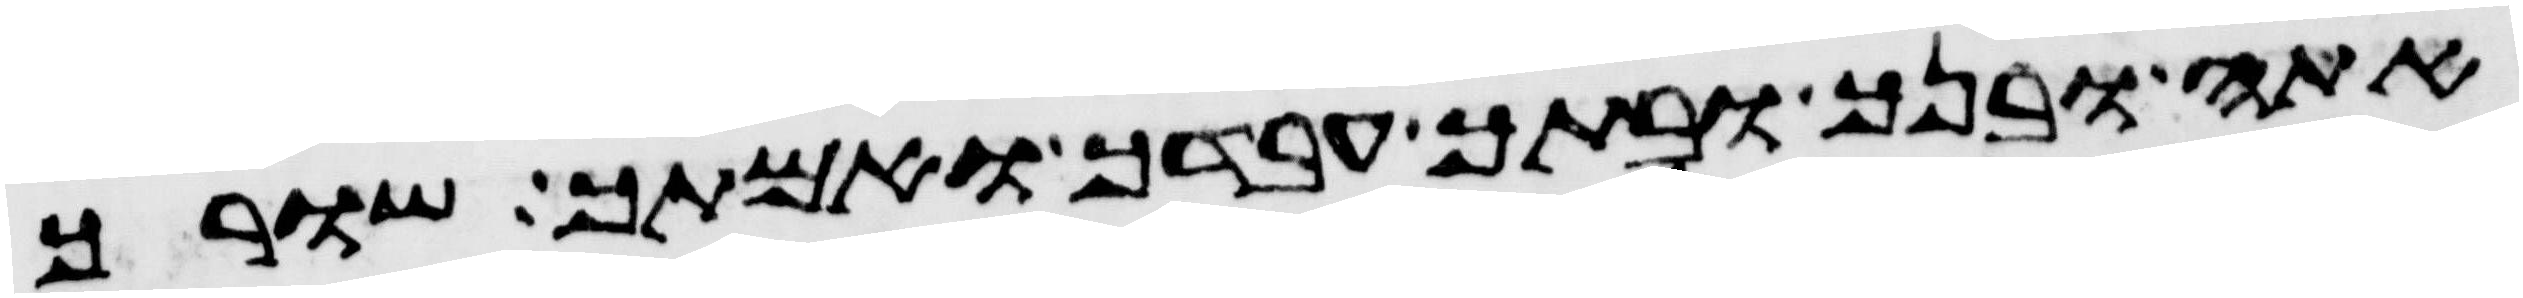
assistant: אתה ובנך ובתך עבדך ואמתך שורך